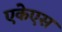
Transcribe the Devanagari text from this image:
एकेएस